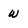
Character: W